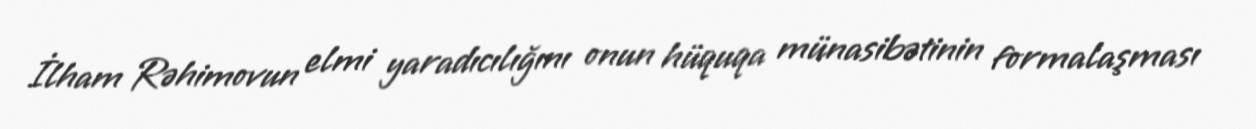
İlham Rəhimovun elmi yaradıcılığını onun hüquqa münasibətinin formalaşması